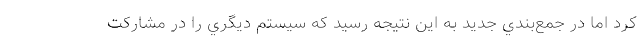
كرد اما در جمع‌بندي جديد به اين نتيجه رسيد كه سيستم ديگري را در مشاركت